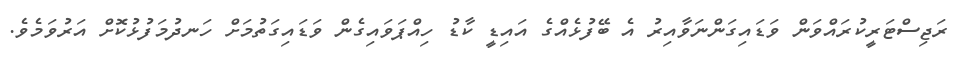
ރަޖިސްޓަރީކުރައްވަން ވަޑައިގަންނަވާއިރު އެ ބޭފުޅެއްގެ އައިޑީ ކާޑު ހިއްޕަވައިގެން ވަޑައިގަތުމަށް ހަނދުމަފުޅުކޮށް އަރުވަމެވެ.